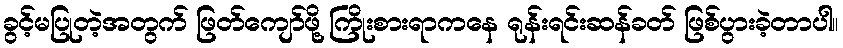
ခွင့်မပြုတဲ့အတွက် ဖြတ်ကျော်ဖို့ ကြိုးစားရာကနေ ရုန်းရင်းဆန်ခတ် ဖြစ်ပွားခဲ့တာပါ။